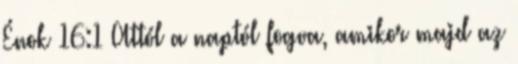
Énok 16:1 Attól a naptól fogva, amikor majd az